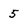
Character: 5